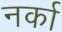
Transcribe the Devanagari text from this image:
नर्का